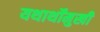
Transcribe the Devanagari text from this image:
यथार्थोंमुखी